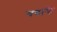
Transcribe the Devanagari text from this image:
चबाके